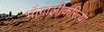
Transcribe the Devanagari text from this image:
भौगोलीकरित्या